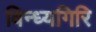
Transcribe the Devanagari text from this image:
विन्ध्यगिरि